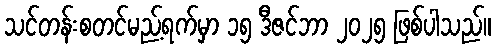
သင်တန်းစတင်မည့်ရက်မှာ ၁၅ ဒီဇင်ဘာ ၂၀၂၅ ဖြစ်ပါသည်။